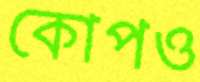
কোপও